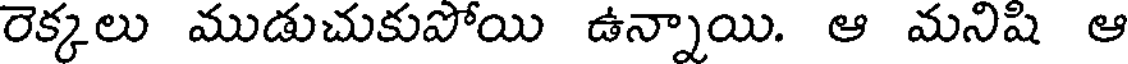
రెక్కలు ముడుచుకుపోయి ఉన్నాయి. ఆ మనిషి ఆ